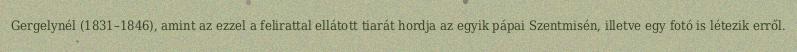
Gergelynél (1831–1846), amint az ezzel a felirattal ellátott tiarát hordja az egyik pápai Szentmisén, illetve egy fotó is létezik erről.